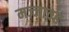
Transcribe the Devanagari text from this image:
मज्जावह